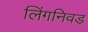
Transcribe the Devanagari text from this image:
लिंगनिवड